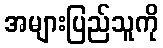
အများပြည်သူကို